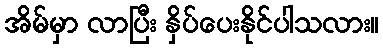
အိမ်မှာ လာပြီး နှိပ်ပေးနိုင်ပါသလား။